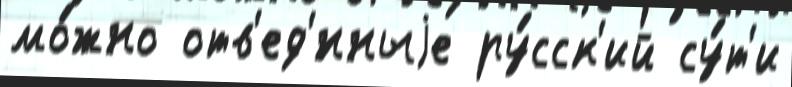
мо́жно отв'ед'́нныjе ру́сск'ий су́т'и